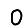
Digit: 0